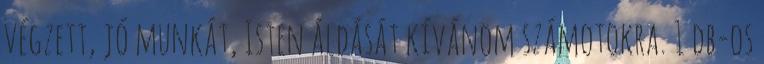
végzett, jó munkát, Isten áldását kívánom számotokra. 1 db-os